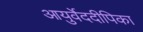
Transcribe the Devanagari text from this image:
आयुर्वेददीपिका